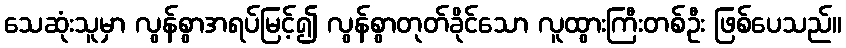
သေဆုံးသူမှာ လွန်စွာအရပ်မြင့်၍ လွန်စွာတုတ်ခိုင်သော လူထွားကြီးတစ်ဦး ဖြစ်ပေသည်။